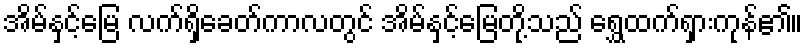
အိမ်နှင့်မြေ လက်ရှိခေတ်ကာလတွင် အိမ်နှင့်မြေတို့သည် ရွှေထက်ရှားကုန်၏။